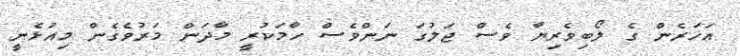
އަހަރެން ގެ ލޯބިވެރިޔާ ވެސް ޖަލުގަ ނަންވެސް ހާމަކުރީ މާދަން މަރުވެގެން މިއުޅެނީ